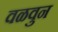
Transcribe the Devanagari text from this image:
वळवुन